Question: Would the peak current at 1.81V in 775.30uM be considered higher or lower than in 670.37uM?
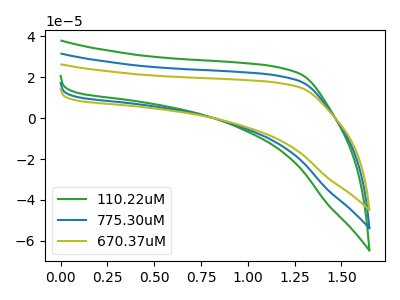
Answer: <think>The green curve "110.22uM" has no peaks. The blue curve "775.30uM" has no peaks. The olive curve "670.37uM" has no peaks.</think>
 <answer>"775.30uM" and "670.37uM" dont share a peak at 1.81V.</answer>
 <eval>mismatch</eval>